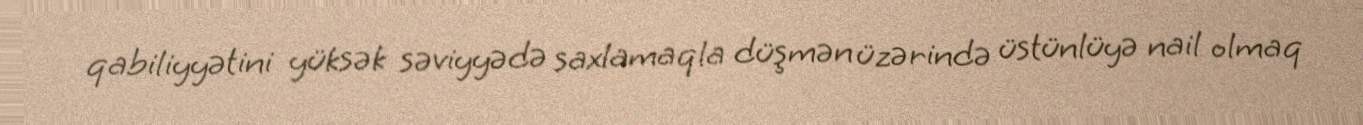
qabiliyyətini yüksək səviyyədə saxlamaqla düşmən üzərində üstünlüyə nail olmaq